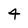
Character: 4